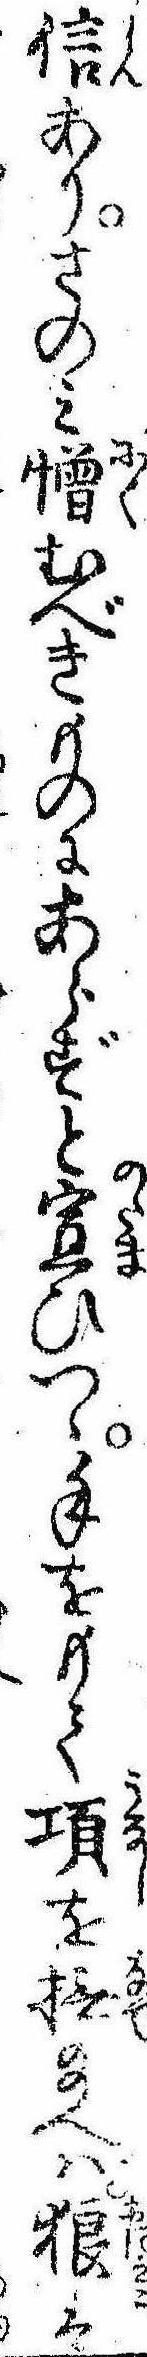
信ありさのみ憎むべきものにあらずと宣ひつゝ手をもて項を撫給へば狼は